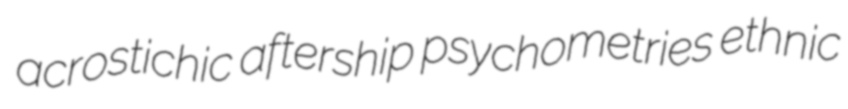
acrostichic aftership psychometries ethnic